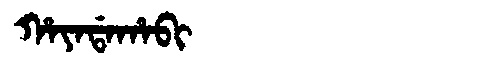
Manchu: ᡥᠠᠶᠠᡩᠠᡥᠠᠪᡳ
Romanization: HAYADAHABI